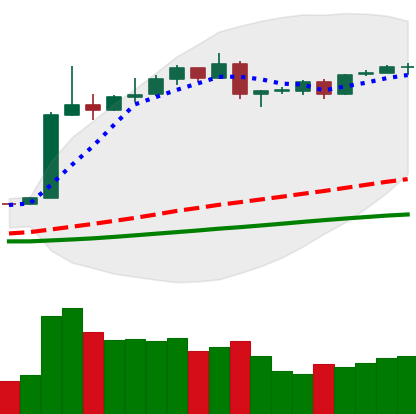
Ticker: BTC-USD
Chart end date: 2019-04-19
Forward return: 3.037%
Label: up_3_5